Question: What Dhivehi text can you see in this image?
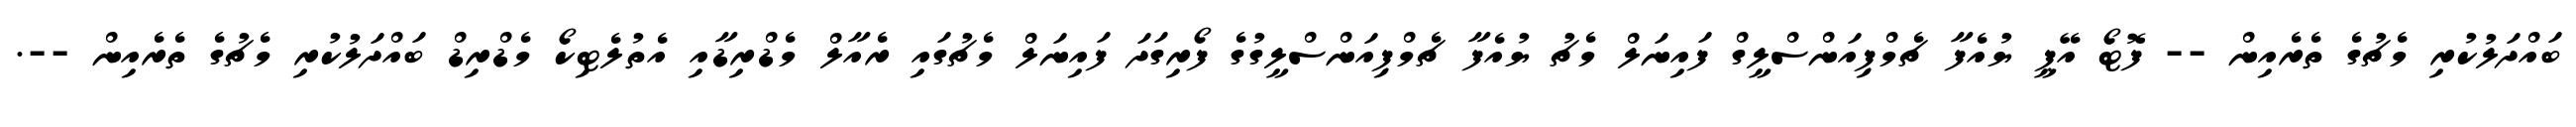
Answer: ބައްދަލުކުރި މެޗުގެ ތެރެއިން -- ފޮޓޯ އޭޕީ ޔުއެފާ ޗެމްޕިއަންސްލީގް ފައިނަލް މެޗު ޔުއެފާ ޗެމްޕިއަންސްލީގުގެ ފޯރިގަދަ ފައިނަލް މެޗުގައި ރެއާލް މެޑްރިޑާއި އެތުލެޓިކޯ މެޑްރިޑް ބައްދަލުކުރި މެޗުގެ ތެރެއިން --.